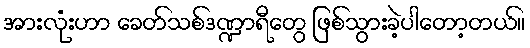
အားလုံးဟာ ခေတ်သစ်ဒဏ္ဍာရီတွေ ဖြစ်သွားခဲ့ပါတော့တယ်။